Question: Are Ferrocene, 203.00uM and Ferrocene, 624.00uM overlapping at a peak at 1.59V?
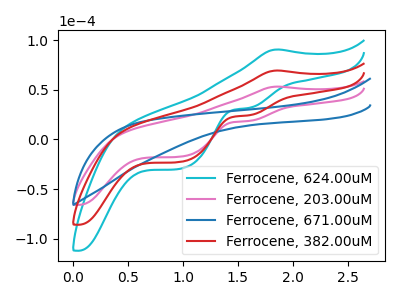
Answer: <think>The cyan curve "Ferrocene, 624.00uM" has an anodic peak at (1.85V, 139.00uA) and cathodic peaks at (1.60V, 48.55uA) (1.00V, -45.20uA). The pink curve "Ferrocene, 203.00uM" has an anodic peak at (1.85V, 53.30uA) and cathodic peaks at (1.60V, 18.60uA) (1.00V, -17.35uA). The blue curve "Ferrocene, 671.00uM" has no peaks. The red curve "Ferrocene, 382.00uM" has an anodic peak at (1.85V, 69.50uA) and cathodic peaks at (1.60V, 24.30uA) (1.00V, -22.60uA).</think>
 <answer>Yes, "Ferrocene, 203.00uM" and "Ferrocene, 624.00uM" share a peak at 1.59V.</answer>
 <eval>match</eval>